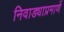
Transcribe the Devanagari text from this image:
निवाड्याप्रमाणें